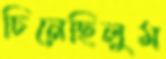
চিনেছিলুম